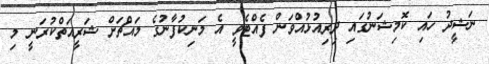
ނަޝީދު ހައި ކޮމިޝަނުގައި ދިރިއުޅުއްވަން ފެއްޓެވީ އެ މަނިކުފާނުގެ މައްޗަށް ޝަރީއަތްކުރަނީ މި